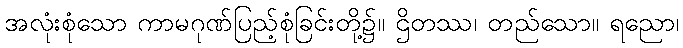
အလုံးစုံသော ကာမဂုဏ်ပြည့်စုံခြင်းတို့၌။ ဌိတဿ၊ တည်သော။ ရညော၊